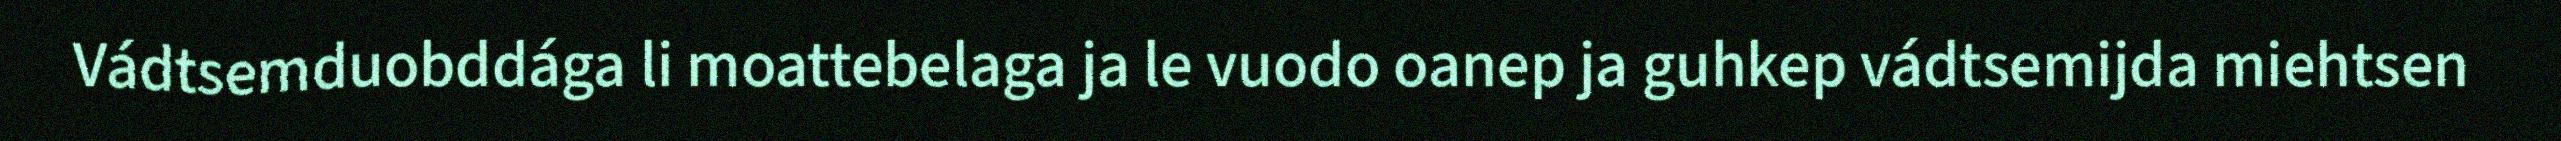
Vádtsemduobddága li moattebelaga ja le vuodo oanep ja guhkep vádtsemijda miehtsen